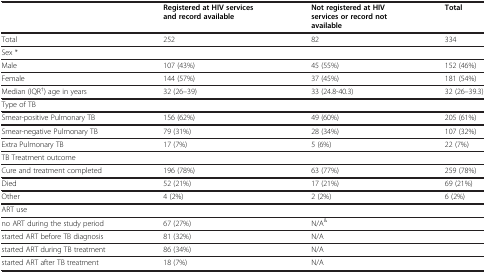
|  | Registered at HIV services and record available | Not registered at HIV services or record not available | Total |
 | --- | --- | --- | --- |
 | Total | 252 | 82 | 334 |
 | Sex * |  |  |  |
 | Male | 107 (43%) | 45 (55%) | 152 (46%) |
 | Female | 144 (57%) | 37 (45%) | 181 (54%) |
 | Median (IQR†) age in years | 32 (26–39) | 33 (24.8-40.3) | 32 (26–39.3) |
 | Type of TB |  |  |  |
 | Smear-positive Pulmonary TB | 156 (62%) | 49 (60%) | 205 (61%) |
 | Smear-negative Pulmonary TB | 79 (31%) | 28 (34%) | 107 (32%) |
 | Extra Pulmonary TB | 17 (7%) | 5 (6%) | 22 (7%) |
 | TB Treatment outcome |  |  |  |
 | Cure and treatment completed | 196 (78%) | 63 (77%) | 259 (78%) |
 | Died | 52 (21%) | 17 (21%) | 69 (21%) |
 | Other | 4 (2%) | 2 (2%) | 6 (2%) |
 | ART use |  |  |  |
 | no ART during the study period | 67 (27%) | N/A& |  |
 | started ART before TB diagnosis | 81 (32%) | N/A |  |
 | started ART during TB treatment | 86 (34%) | N/A |  |
 | started ART after TB treatment | 18 (7%) | N/A |  |